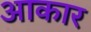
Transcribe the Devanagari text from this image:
अाकार